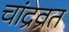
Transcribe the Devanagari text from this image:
चांद्रव्रत